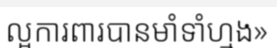
ល្អការពារបានមាំទាំហ្មង»